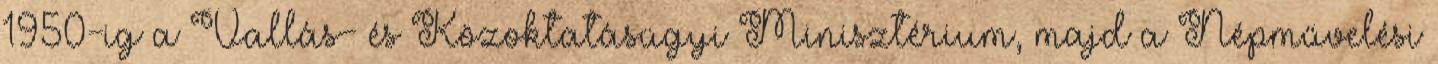
1950-ig a Vallás- és Közoktatásügyi Minisztérium, majd a Népművelési